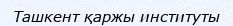
Ташкент қаржы институты